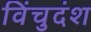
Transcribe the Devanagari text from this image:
विंचुदंश